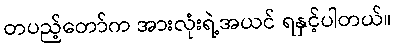
တပည့်တော်က အားလုံးရဲ့အယင် ရနှင့်ပါတယ်။